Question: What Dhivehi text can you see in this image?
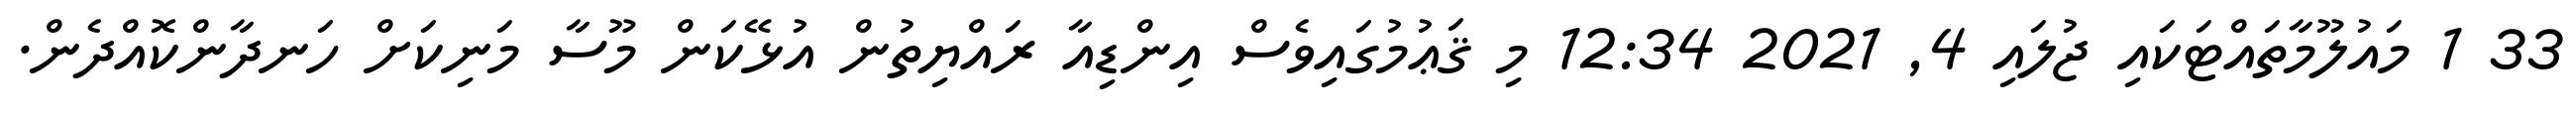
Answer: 33 1 މައުލޫމާތައްޓަކައި ޖުލައި 4, 2021 12:34 މި ޤަޢުމުގައިވެސް އިންޑިއާ ރައްޔިތުން އުޅޭކަން މޫސާ މަނިކަށް ހަނދާންކޮއްދެން.